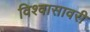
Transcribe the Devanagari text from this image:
विश्वासावरी